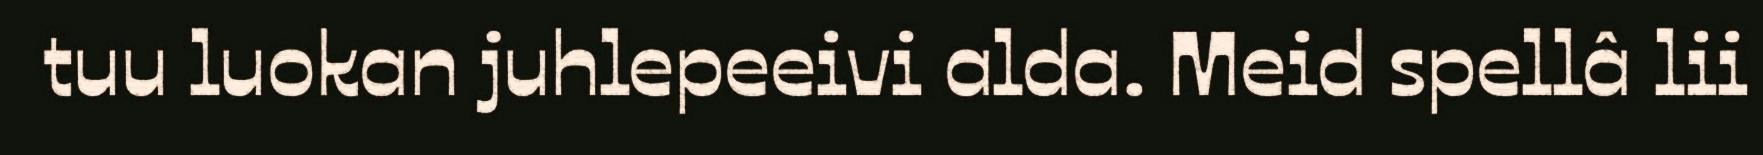
tuu luokan juhlepeeivi alda. Meid spellâ lii